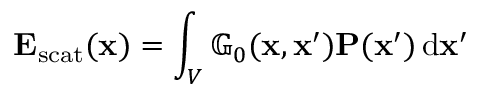
\mathbf { E } _ { \mathrm { s c a t } } ( \mathbf { x } ) = \int _ { V } \mathbb { G } _ { 0 } ( \mathbf { x } , \mathbf { x } ^ { \prime } ) \mathbf { P } ( \mathbf { x } ^ { \prime } ) \, \mathrm { d } \mathbf { x } ^ { \prime }